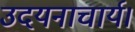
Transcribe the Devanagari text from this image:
उदयनाचार्य।